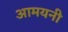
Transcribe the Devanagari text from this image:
आमयनी